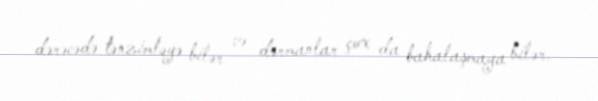
dərəcədə tənzimləyə bilər və dərmanlar çox da bahalaşmaya bilər.